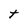
Character: t